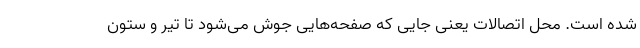
شده است. محل اتصالات یعنی جایی که صفحه‌هایی جوش می‌شود تا تیر و ستون